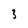
Character: 3